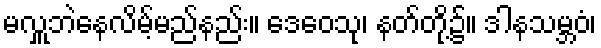
မလှူဘဲနေလိမ့်မည်နည်း။ ဒေဝေသု၊ နတ်တို့၌။ ဒါနသမ္ဘဝံ၊